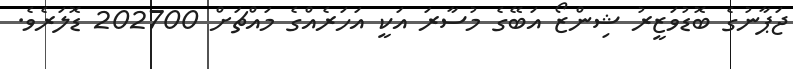
ޖަޕާނުގެ ބޮޑުވަޒީރު ޝިންޒޯ އަބޭގެ މުސާރަ އަކީ އަހަރެއްގެ މައްޗަށް 202700 ޑޮލަރެވެ.